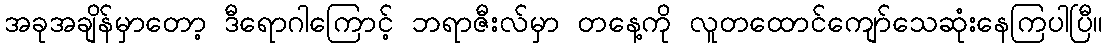
အခုအချိန်မှာတော့ ဒီရောဂါကြောင့် ဘရာဇီးလ်မှာ တနေ့ကို လူတထောင်ကျော်သေဆုံးနေကြပါပြီ။